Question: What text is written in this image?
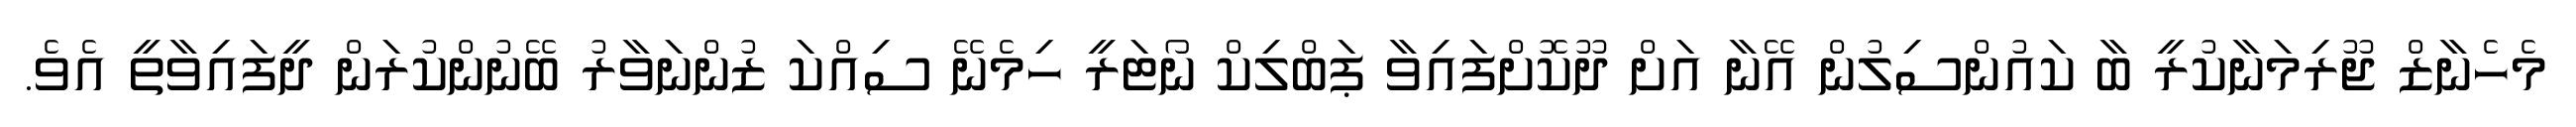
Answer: މެހެނާޒް ޖޫރިމަނާކުރީ ބާ ކައުންސިލުން އޭނާ އަށް ދޫކޮށްފައިވާ ޕަބްލިކް ނޯޓަރީ ހިމެނޭ ސިއްކަ ޒުންނަވާރު ބޭނުންކުރަން ދީފައިވާތީ އެވެ.